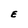
Character: E